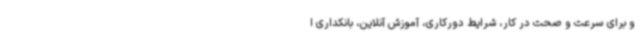
و برای سرعت و صحت در کار، شرایط دورکاری، آموزش آنلاین، بانکداری ا